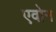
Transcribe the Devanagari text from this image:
एवोन